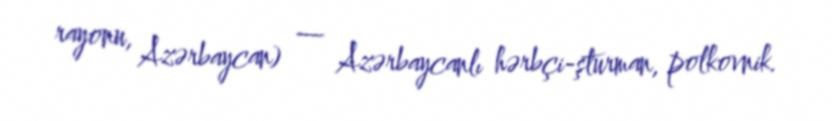
rayonu, Azərbaycan) — Azərbaycanlı hərbçi-şturman, polkovnik.